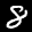
Label: 8